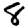
Digit: 8